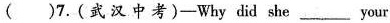
( )7.(武汉中考)-Why did she ___ your